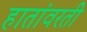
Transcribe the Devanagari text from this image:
हातांवरती